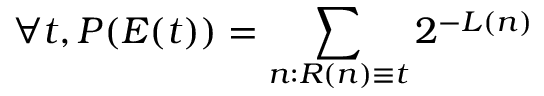
\forall t , P ( E ( t ) ) = \sum _ { n : R ( n ) \equiv t } 2 ^ { - L ( n ) }